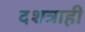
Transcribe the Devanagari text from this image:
दशत्राही